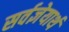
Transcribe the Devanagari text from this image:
सर्वज्ञेयार्थ